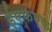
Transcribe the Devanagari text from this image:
ईएफएफ